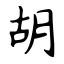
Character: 胡